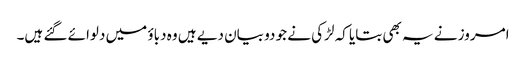
امروز نے یہ بھی بتایا کہ لڑکی نے جو دو بیان دیے ہیں وہ دباؤ میں دلوائے گئے ہیں۔